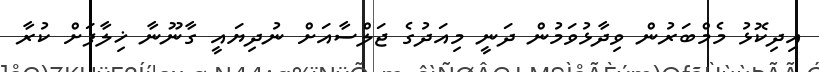
އިދިކޮޅު މެމްބަރުން ވިދާޅުވަމުން ދަނީ މިއަދުގެ ޖަލްސާއަށް ނުދިޔައީ ގާނޫނާ ޚިލާފަށް ކުރާ